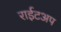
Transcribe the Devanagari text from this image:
राईटअप